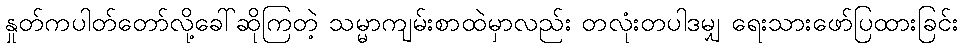
နှုတ်ကပါတ်တော်လို့ခေါ်ဆိုကြတဲ့ သမ္မာကျမ်းစာထဲမှာလည်း တလုံးတပါဒမျှ ရေးသားဖော်ပြထားခြင်း